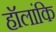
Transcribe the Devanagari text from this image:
हॉलांकि